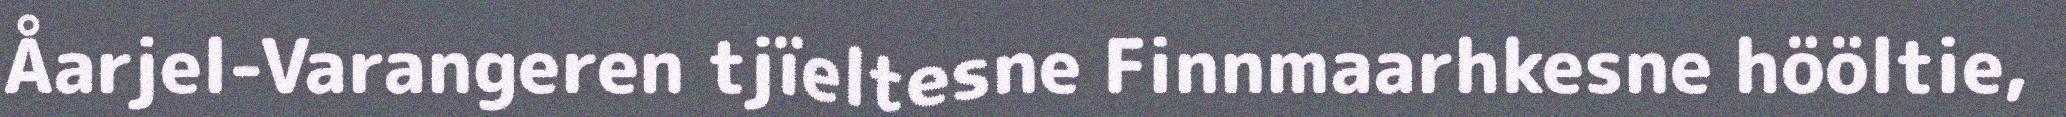
Åarjel-Varangeren tjïeltesne Finnmaarhkesne hööltie,